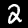
Digit: 2